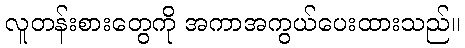
လူတန်းစားတွေကို အကာအကွယ်ပေးထားသည်။